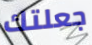
جعلتك